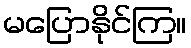
မပြောနိုင်ကြ။